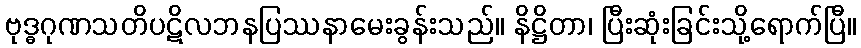
ဗုဒ္ဓဂုဏသတိပဋိလဘနပြဿနာမေးခွန်းသည်။ နိဋ္ဌိတာ၊ ပြီးဆုံးခြင်းသို့ရောက်ပြီ။